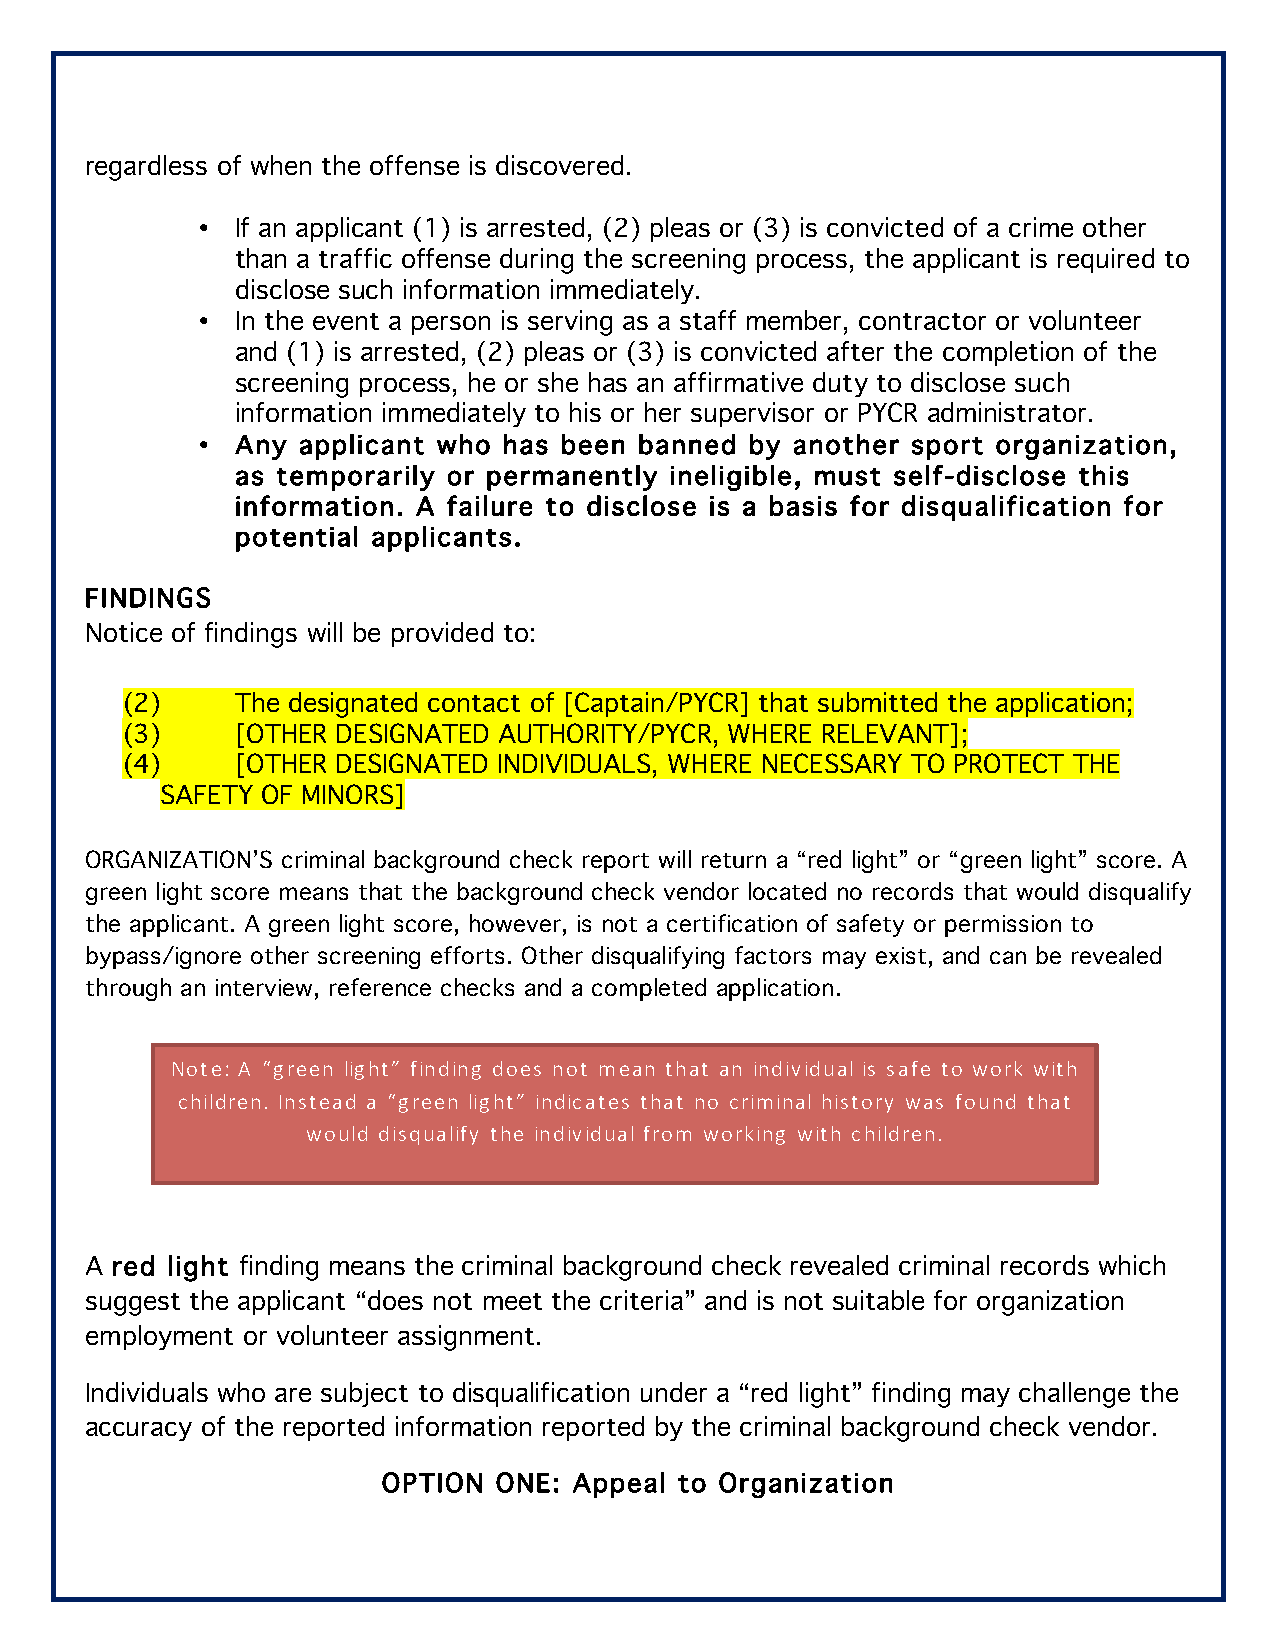
regardless of when the offense is discovered.
 •  If an applicant (1) is arrested, (2) pleas or (3) is convicted of a crime other
 than a traffic offense during the screening process, the applicant is required to
 disclose such information immediately.
 •  In the event a person is serving as a staff member, contractor or volunteer
 and (1) is arrested, (2) pleas or (3) is convicted after the completion of the
 screening process, he or she has an affirmative duty to disclose such
 information immediately to his or her supervisor or PYCR administrator.
 •  Any applicant who has been banned by another sport organization,
 as temporarily or permanently ineligible, must self-disclose this
 information. A failure to disclose is a basis for disqualification for
 potential applicants.
 FINDINGS
 Notice of findings will be provided to:
 (2)     The designated contact of [Captain/PYCR] that submitted the application;
 (3)     [OTHER DESIGNATED AUTHORITY/PYCR, WHERE RELEVANT];
 (4)     [OTHER DESIGNATED INDIVIDUALS, WHERE NECESSARY TO PROTECT THE
 SAFETY OF MINORS]
 ORGANIZATION’S criminal background check report will return a “red light” or “green light” score. A
 green light score means that the background check vendor located no records that would disqualify
 the applicant. A green light score, however, is not a certification of safety or permission to
 bypass/ignore other screening efforts. Other disqualifying factors may exist, and can be revealed
 through an interview, reference checks and a completed application.
 Note: A “green light” finding does not mean that an individual is safe to work with
 children. Instead a “green light” indicates that no criminal history was found that
 would disqualify the individual from working with children.
 A red light finding means the criminal background check revealed criminal records which
 suggest the applicant “does not meet the criteria” and is not suitable for organization
 employment or volunteer assignment.
 Individuals who are subject to disqualification under a “red light” finding may challenge the
 accuracy of the reported information reported by the criminal background check vendor.
 OPTION  ONE: Appeal to Organization